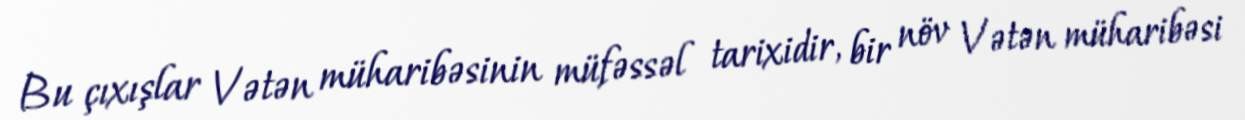
Bu çıxışlar Vətən müharibəsinin müfəssəl tarixidir, bir növ Vətən müharibəsi